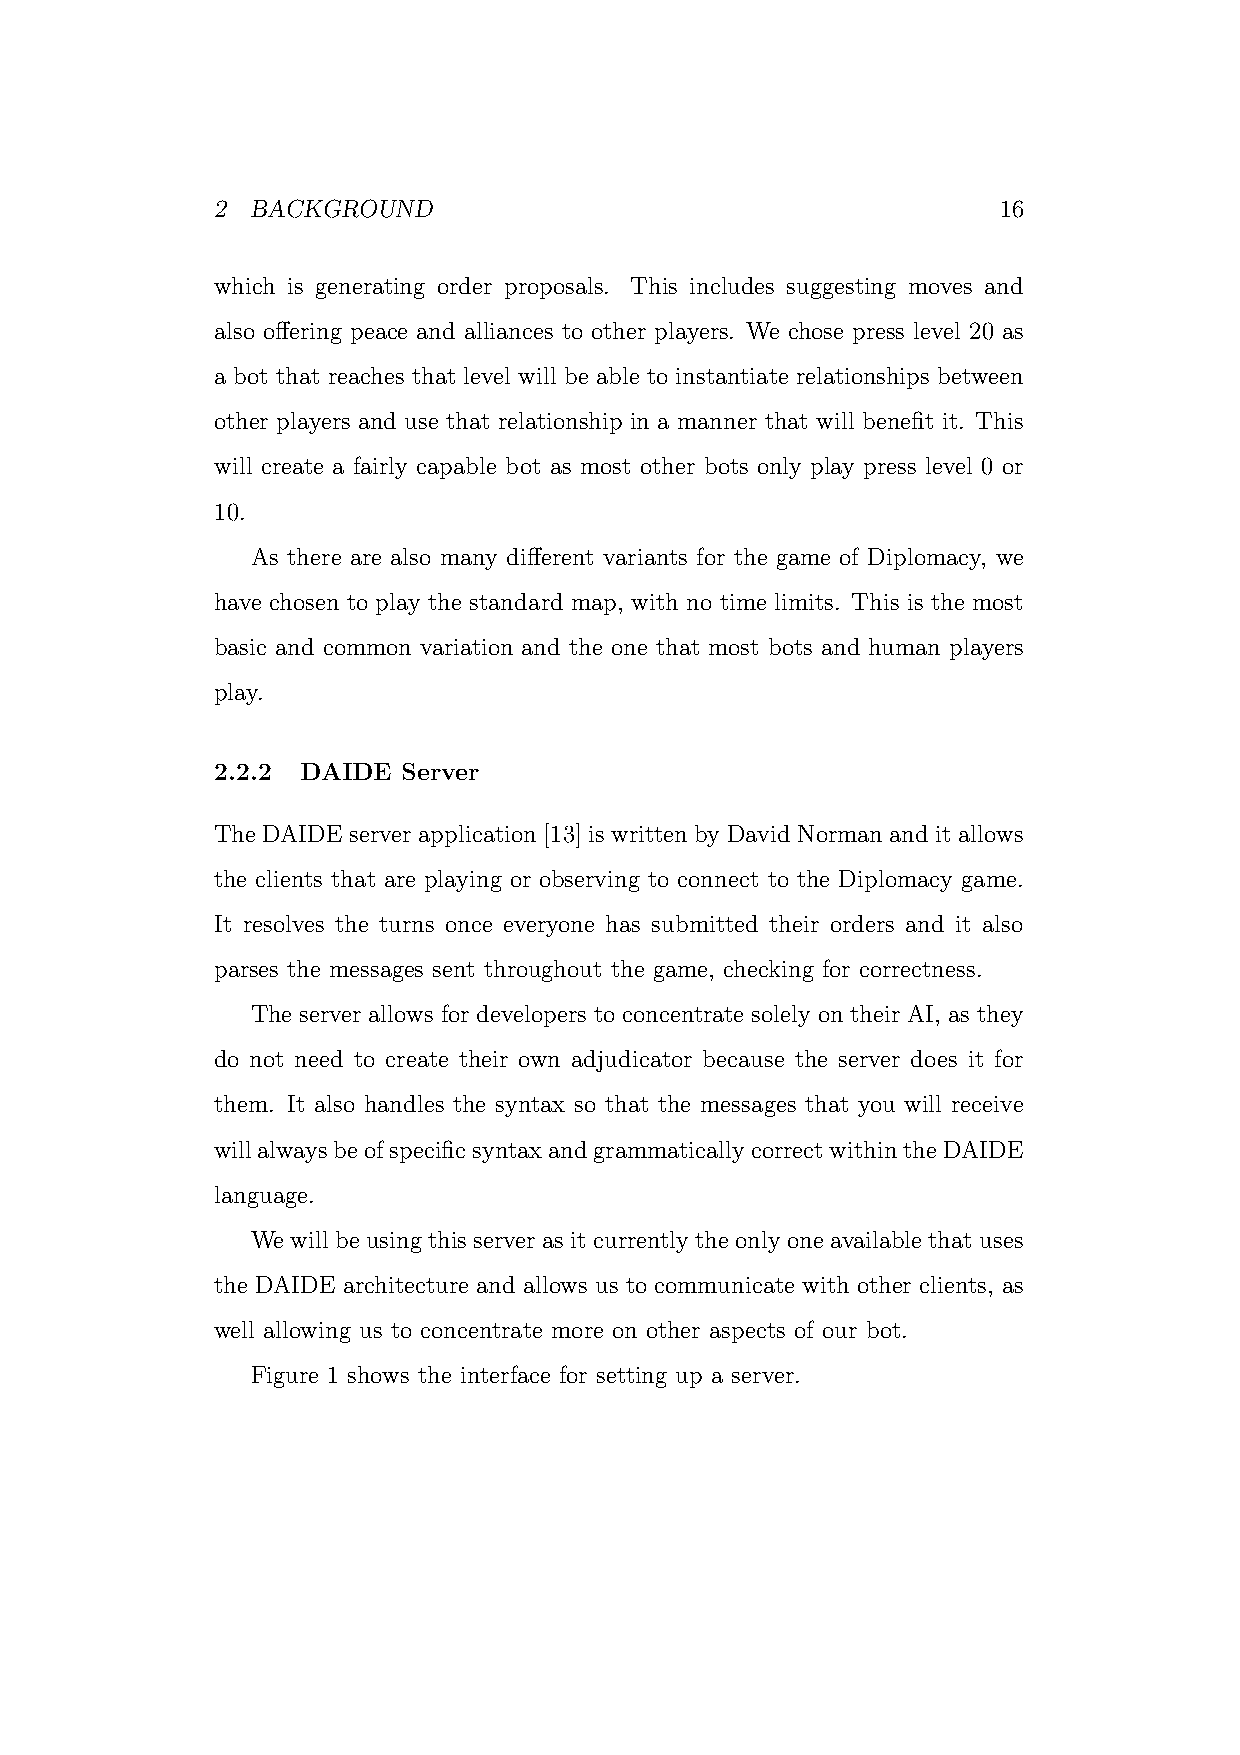
2  BACKGROUND                                       16
 which is generating order proposals. This includes suggesting moves and
 also offering peace and alliances to other players. We chose press level 20 as
 a bot that reaches that level will be able to instantiate relationships between
 other players and use that relationship in a manner that will benefit it. This
 will create a fairly capable bot as most other bots only play press level 0 or
 10.
 As there are also many different variants for the game of Diplomacy, we
 have chosen to play the standard map, with no time limits. This is the most
 basic and common variation and the one that most bots and human players
 play.
 2.2.2 DAIDE  Server
 The DAIDE server application [13] is written by David Norman and it allows
 the clients that are playing or observing to connect to the Diplomacy game.
 It resolves the turns once everyone has submitted their orders and it also
 parses the messages sent throughout the game, checking for correctness.
 The server allows for developers to concentrate solely on their AI, as they
 do not need to create their own adjudicator because the server does it for
 them. It also handles the syntax so that the messages that you will receive
 willalwaysbeofspecificsyntaxandgrammaticallycorrectwithintheDAIDE
 language.
 We will be using this server as it currently the only one available that uses
 the DAIDE architecture and allows us to communicate with other clients, as
 well allowing us to concentrate more on other aspects of our bot.
 Figure 1 shows the interface for setting up a server.